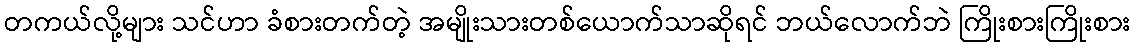
တကယ်လို့များ သင်ဟာ ခံစားတက်တဲ့ အမျိုးသားတစ်ယောက်သာဆိုရင် ဘယ်လောက်ဘဲ ကြိုးစားကြိုးစား